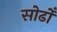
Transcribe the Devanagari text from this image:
सोढोँ